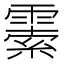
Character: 𩄜